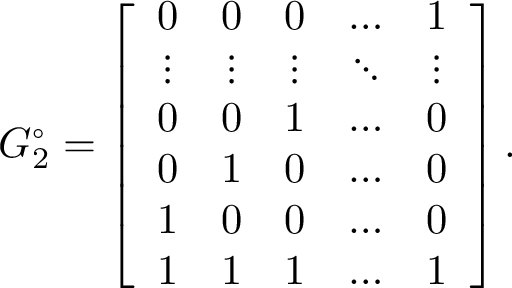
G _ { 2 } ^ { \circ } = \left[ \begin{array} { c c c c c } { 0 } & { 0 } & { 0 } & { \ldots } & { 1 } \\ { \vdots } & { \vdots } & { \vdots } & { \ddots } & { \vdots } \\ { 0 } & { 0 } & { 1 } & { \ldots } & { 0 } \\ { 0 } & { 1 } & { 0 } & { \ldots } & { 0 } \\ { 1 } & { 0 } & { 0 } & { \ldots } & { 0 } \\ { 1 } & { 1 } & { 1 } & { \ldots } & { 1 } \end{array} \right] .